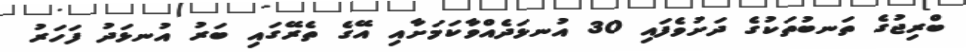
ބްރިޖުގެ ތަނބުތަކުގެ ދަށުވެފައި 30 އުނޅަދެއްވާކަމަށާއި އޭގެ ތެރޭގައި ބަރު އުނޅަދު ފަހަރު